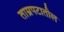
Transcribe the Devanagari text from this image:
ताम्रपटातील